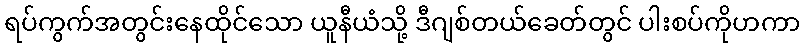
ရပ်ကွက်အတွင်းနေထိုင်သော ယူနီယံသို့ ဒီဂျစ်တယ်ခေတ်တွင် ပါးစပ်ကိုဟကာ